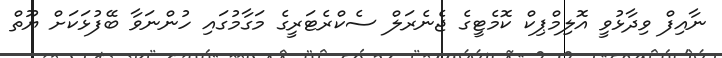
ނާއިފް ވިދާޅުވީ އޮލިމްޕިކް ކޮމެޓީގެ ޖެނެރަލް ސެކްރެޓަރީގެ މަގާމުގައި ހުންނަވާ ބޭފުޅަކަށް ޔޫތް